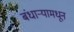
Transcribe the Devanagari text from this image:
बंधार्‍यामधून